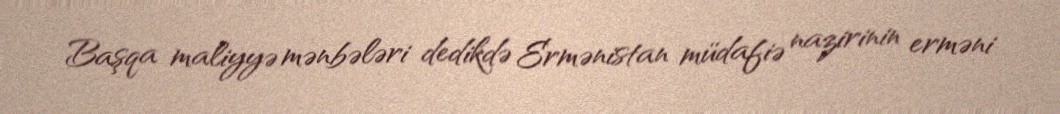
Başqa maliyyə mənbələri dedikdə Ermənistan müdafiə nazirinin erməni